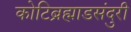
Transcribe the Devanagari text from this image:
कोटिब्रह्माडसंदुरी